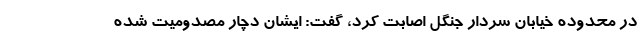
در محدوده خیابان سردار جنگل اصابت کرد، گفت: ایشان دچار مصدومیت شده